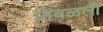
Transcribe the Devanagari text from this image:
निवळली